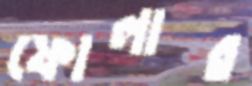
ফোলার